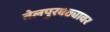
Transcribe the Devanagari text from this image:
तेलपुरवठ्यावर